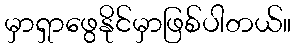
မှာရှာဖွေနိုင်မှာဖြစ်ပါတယ်။